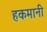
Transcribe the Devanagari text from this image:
हकमानी